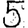
Digit: 5